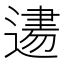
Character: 𨕨